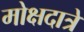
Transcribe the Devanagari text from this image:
मोक्षदात्रे